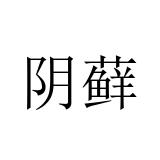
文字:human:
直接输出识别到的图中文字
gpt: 阴藓